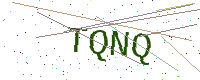
Text: TQNQ